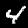
Digit: 4